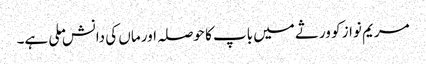
مریم نواز کو ورثے میں باپ کا حوصلہ اور ماں کی دانش ملی ہے۔